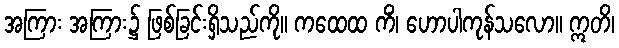
အကြား အကြား၌ ဖြစ်ခြင်းရှိသည်ကို။ ကထေထ ကိံ၊ ဟောပါကုန်သလော။ ဣတိ၊